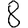
Digit: 8